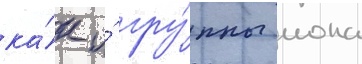
ка́к и́ гру́ппы иона